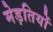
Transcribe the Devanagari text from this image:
मेड़तियों